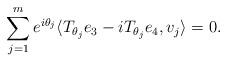
LaTeX: \begin{align*}\sum\limits_{j=1}^me^{i\theta_j}\langle T_{\theta_j}e_3-iT_{\theta_j}e_4,v_j\rangle=0.\end{align*}